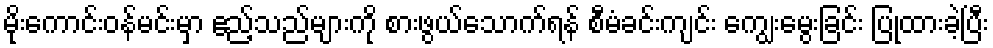
မိုးကောင်းဝန်မင်းမှာ ဧည့်သည်များကို စားဖွယ်သောက်ရန် စီမံခင်းကျင်း ကျွေးမွေးခြင်း ပြုထားခဲ့ပြီး